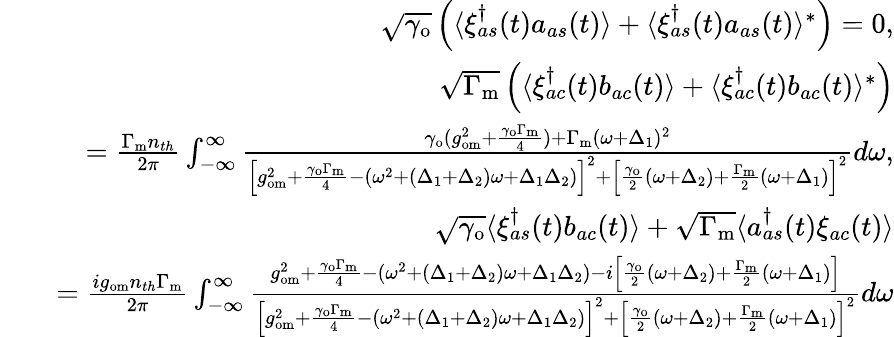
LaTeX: \begin{array}{rlr}&{}&{\sqrt{\gamma_{\mathrm{o}}}\left(\langle\xi_{as}^{\dagger}(t)a_{as}(t)\rangle+\langle\xi_{as}^{\dagger}(t)a_{as}(t)\rangle^{*}\right)=0,}\\ &{}&{\sqrt{\Gamma_{\mathrm{m}}}\left(\langle\xi_{ac}^{\dagger}(t)b_{ac}(t)\rangle+\langle\xi_{ac}^{\dagger}(t)b_{ac}(t)\rangle^{*}\right)}\\ &{}&{=\frac{\Gamma_{\mathrm{m}}n_{th}}{2\pi}\int_{-\infty}^{\infty}\frac{\gamma_{\mathrm{o}}(g_{\mathrm{om}}^{2}+\frac{\gamma_{\mathrm{o}}\Gamma_{\mathrm{m}}}{4})+\Gamma_{\mathrm{m}}(\omega+\Delta_{1})^{2}}{\left[g_{\mathrm{om}}^{2}+\frac{\gamma_{\mathrm{o}}\Gamma_{\mathrm{m}}}{4}-(\omega^{2}+(\Delta_{1}+\Delta_{2})\omega+\Delta_{1}\Delta_{2})\right]^{2}+\left[\frac{\gamma_{\mathrm{o}}}{2}(\omega+\Delta_{2})+\frac{\Gamma_{\mathrm{m}}}{2}(\omega+\Delta_{1})\right]^{2}}d\omega,}\\ &{}&{\sqrt{\gamma_{\mathrm{o}}}\langle\xi_{as}^{\dagger}(t)b_{ac}(t)\rangle+\sqrt{\Gamma_{\mathrm{m}}}\langle a_{as}^{\dagger}(t)\xi_{ac}(t)\rangle}\\ &{}&{=\frac{ig_{\mathrm{om}}n_{th}\Gamma_{\mathrm{m}}}{2\pi}\int_{-\infty}^{\infty}\frac{g_{\mathrm{om}}^{2}+\frac{\gamma_{\mathrm{o}}\Gamma_{\mathrm{m}}}{4}-(\omega^{2}+(\Delta_{1}+\Delta_{2})\omega+\Delta_{1}\Delta_{2})-i\left[\frac{\gamma_{\mathrm{o}}}{2}(\omega+\Delta_{2})+\frac{\Gamma_{\mathrm{m}}}{2}(\omega+\Delta_{1})\right]}{\left[g_{\mathrm{om}}^{2}+\frac{\gamma_{\mathrm{o}}\Gamma_{\mathrm{m}}}{4}-(\omega^{2}+(\Delta_{1}+\Delta_{2})\omega+\Delta_{1}\Delta_{2})\right]^{2}+\left[\frac{\gamma_{\mathrm{o}}}{2}(\omega+\Delta_{2})+\frac{\Gamma_{\mathrm{m}}}{2}(\omega+\Delta_{1})\right]^{2}}d\omega}\end{array}